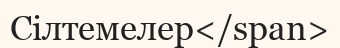
Сілтемелер</span>